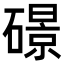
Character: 𥖉